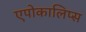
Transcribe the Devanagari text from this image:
एपोकालिप्स